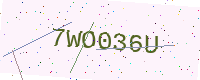
Text: 7WO036U